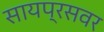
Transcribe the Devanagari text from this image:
सायप्रसवर